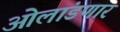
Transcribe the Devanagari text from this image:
ओलांडणार